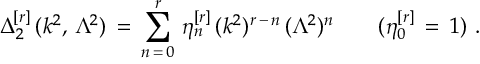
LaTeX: \Delta _ { 2 } ^ { [ r ] } \, ( k ^ { 2 } , \, \Lambda ^ { 2 } ) \, = \, \sum _ { n \, = \, 0 } ^ { r } \, \eta _ { n } ^ { [ r ] } \, ( k ^ { 2 } ) ^ { r \, - \, n } \, ( \Lambda ^ { 2 } ) ^ { n } \qquad ( \eta _ { 0 } ^ { [ r ] } \, = \, 1 ) \, \, .